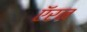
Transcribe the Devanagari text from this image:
ऍरन